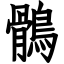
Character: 鶻